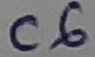
Text: C6